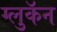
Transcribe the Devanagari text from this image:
ग्लुकॅन